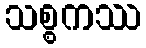
သစ္စကဿ